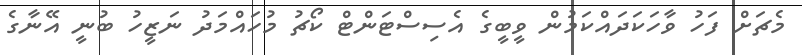
މެޗަށް ފަހު ވާހަކަދައްކަމުން ވީބީގެ އެސިސްޓަންޓް ކޯޗު މުހައްމަދު ނަޒީހު ބުނީ އޭނާގެ